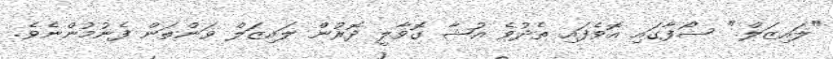
"ލައިޒަލް." ސޯފާގައި އޮވެފައި ތެދުވެ އުޝާ ގޮވާލީ ދޮރުން ލައިޒަލް ވަންތަން ފެނުމުންނެވެ.